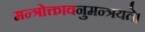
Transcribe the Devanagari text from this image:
मन्त्रोक्तावनुमन्त्रयते।